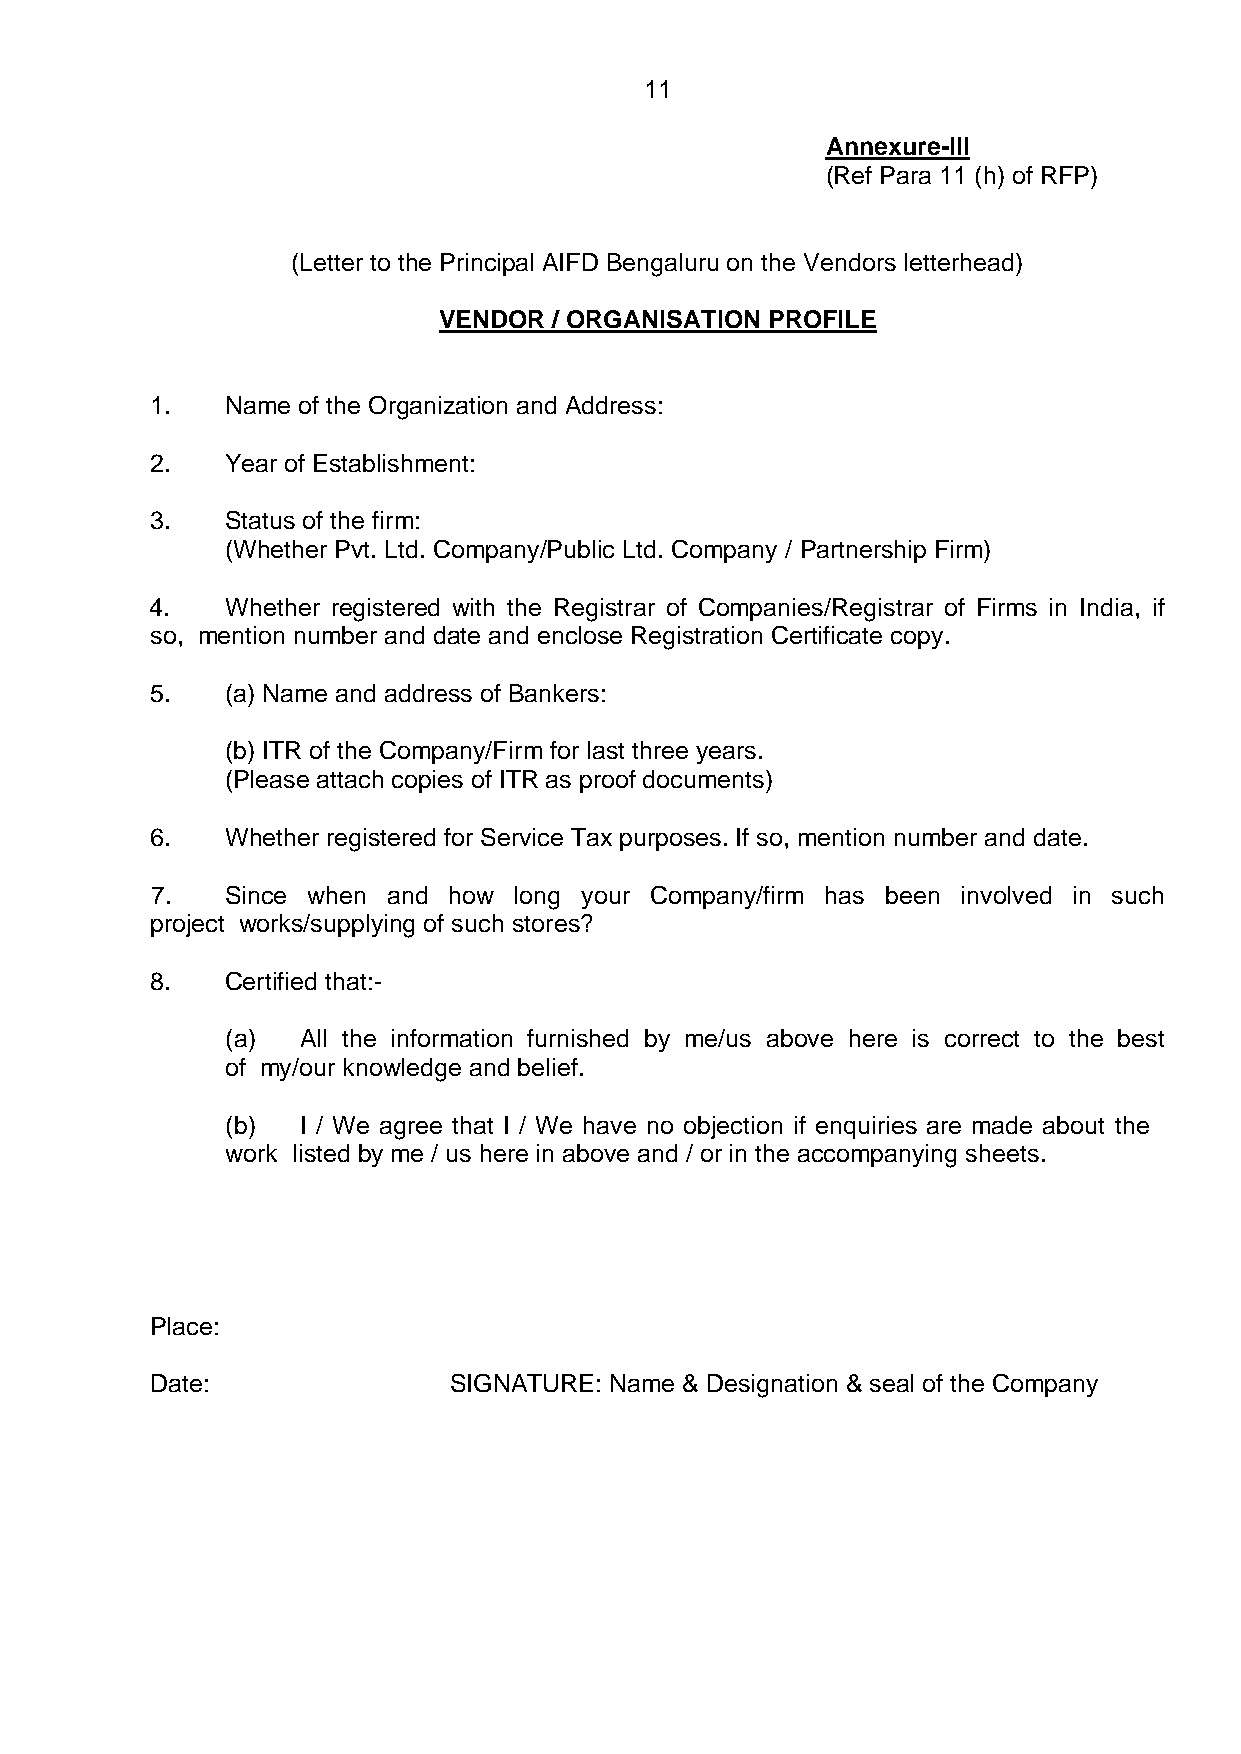
11
 Annexure-III
 (Ref Para 11 (h) of RFP)
 (Letter to the Principal AIFD Bengaluru on the Vendors letterhead)
 VENDOR  / ORGANISATION PROFILE
 1.   Name of the Organization and Address:
 2.   Year of Establishment:
 3.   Status of the firm:
 (Whether Pvt. Ltd. Company/Public Ltd. Company / Partnership Firm)
 4.   Whether registered with the Registrar of Companies/Registrar of Firms in India, if
 so, mention number and date and enclose Registration Certificate copy.
 5.   (a) Name and address of Bankers:
 (b) ITR of the Company/Firm for last three years.
 (Please attach copies of ITR as proof documents)
 6.   Whether registered for Service Tax purposes. If so, mention number and date.
 7.   Since when and how long your Company/firm has been involved in such
 project works/supplying of such stores?
 8.   Certified that:-
 (a)  All the information furnished by me/us above here is correct to the best
 of my/our knowledge and belief.
 (b)  I / We agree that I / We have no objection if enquiries are made about the
 work listed by me / us here in above and / or in the accompanying sheets.
 Place:
 Date:               SIGNATURE: Name & Designation & seal of the Company